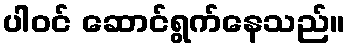
ပါဝင် ဆောင်ရွက်နေသည်။